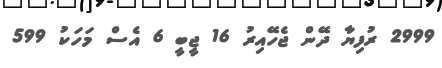
2999 ރުފިޔާ ދޭން ޖެހޭއިރު 16 ޖީބީ 6 އެސް މަހަކު 599